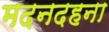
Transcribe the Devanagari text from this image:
मदनदहना